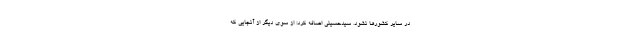
در سایر کشورها نشود. سیدحسینی اضافه کرد: از سوی دیگر از آنجایی که